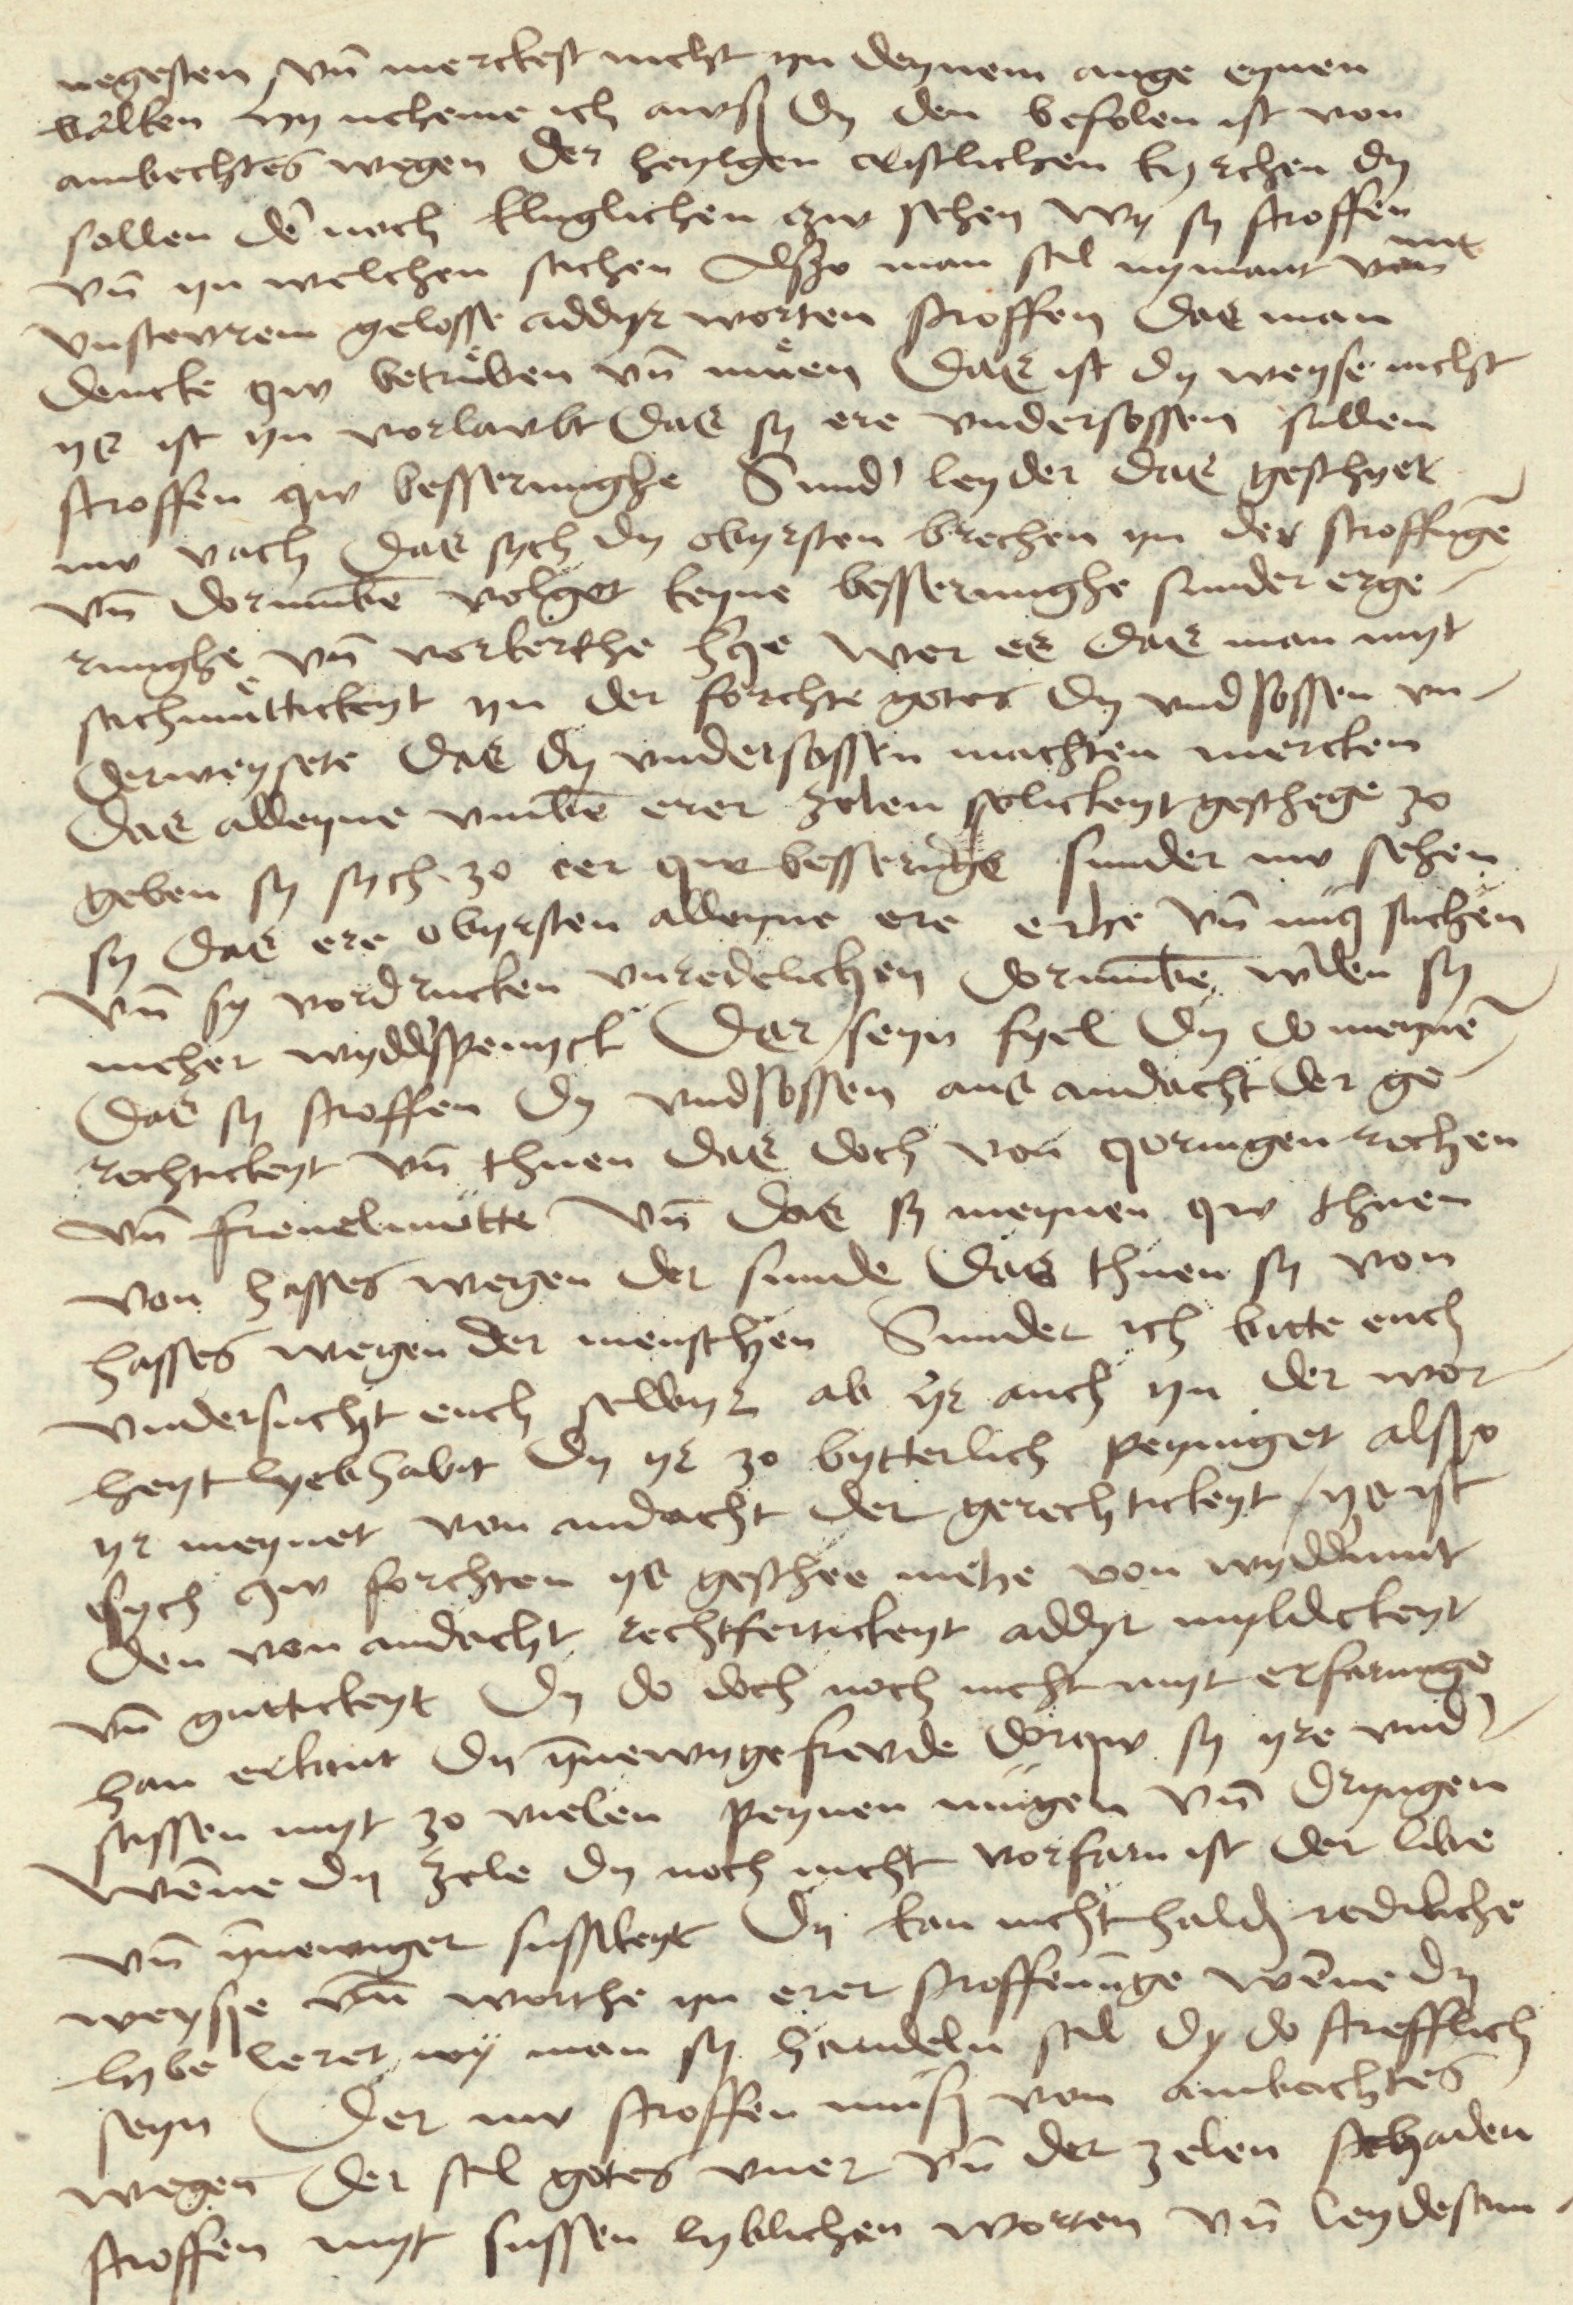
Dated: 1480–1499